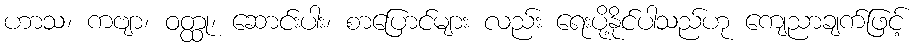
ဟာသ၊ ကဗျာ၊ ဝတ္ထု၊ ဆောင်းပါး၊ စာပြောင်များ လည်း ရေးပို့နိုင်ပါသည်ဟု ကျေညာချက်ဖြင့်